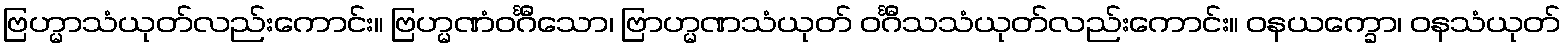
ဗြဟ္မာသံယုတ်လည်းကောင်း။ ဗြဟ္မဏံဝင်္ဂီသော၊ ဗြာဟ္မဏသံယုတ် ဝင်္ဂီသသံယုတ်လည်းကောင်း။ ဝနယက္ခော၊ ဝနသံယုတ်